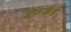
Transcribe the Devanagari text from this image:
इजकडे